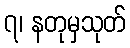
၇၊ နတုမှသုတ်